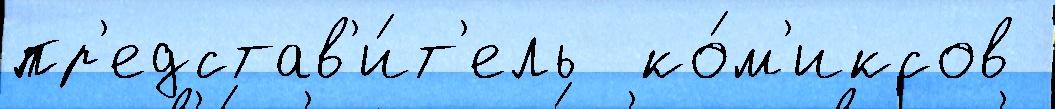
пр'едстав'и́т'ель  ко́м'иксов